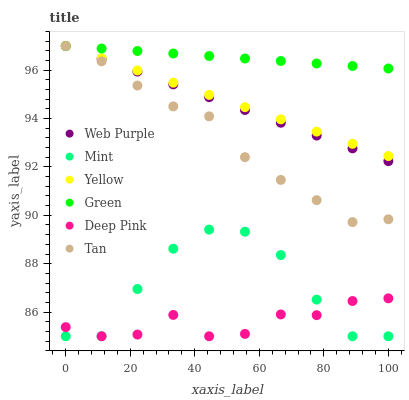
| xaxis_label | Web Purple | Mint | Yellow | Green | Deep Pink | Tan |
 | --- | --- | --- | --- | --- | --- | --- |
 | 0 | 97 | 85 | 97 | 97 | 85.4 | 97 |
 | 11.1 | 96.5 | 85 | 96.5 | 96.9 | 85 | 96.4 |
 | 22.2 | 95.9 | 87 | 96 | 96.8 | 85.1 | 95.4 |
 | 33.3 | 95.4 | 88.6 | 95.5 | 96.7 | 85.9 | 94.5 |
 | 44.4 | 94.9 | 89.4 | 95 | 96.6 | 85 | 94.1 |
 | 55.6 | 94.4 | 89.3 | 94.5 | 96.5 | 85.1 | 92.4 |
 | 66.7 | 93.8 | 88.4 | 94 | 96.4 | 85.9 | 91.5 |
 | 77.8 | 93.3 | 86.5 | 93.5 | 96.3 | 85.9 | 90.6 |
 | 88.9 | 92.8 | 85 | 93 | 96.2 | 86.5 | 89.7 |
 | 100 | 92.2 | 85 | 92.5 | 96.1 | 86.6 | 89.8 |